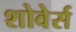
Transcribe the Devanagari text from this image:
शोवेर्स